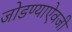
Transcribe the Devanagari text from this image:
जोडण्याऐवजी